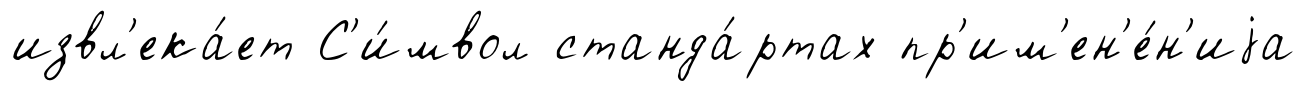
извл'ека́ет С'и́мвол станда́ртах пр'им'ен'е́н'иjа